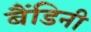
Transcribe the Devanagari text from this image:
बैंडिनी